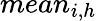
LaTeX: mean_{i,h}